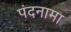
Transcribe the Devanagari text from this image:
पंदनामा